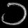
Digit: ၁